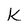
Character: k